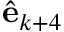
\hat { \mathbf { e } } _ { k + 4 }